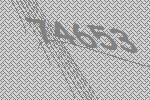
74653